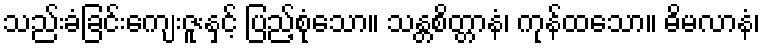
သည်းခံခြင်းကျေးဇူးနှင့် ပြည့်စုံသော။ သန္တစိတ္တာနံ၊ ကုန်ထသော။ ဓိမလာနံ၊